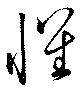
懐